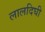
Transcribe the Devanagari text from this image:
लालदिघी